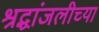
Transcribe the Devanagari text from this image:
श्रद्धांजलीच्या